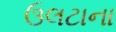
ઉલટાના